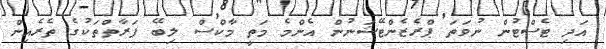
އަދި ޓެސްޓުން ނުވަތަ ޕްރެޒެންޓޭޝަނުން އެންމެ މަތީ މާކްސް ލިބޭ ފަރާތްތަކުގެ ތެރެއިން